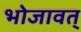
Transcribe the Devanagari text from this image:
भोजावत्